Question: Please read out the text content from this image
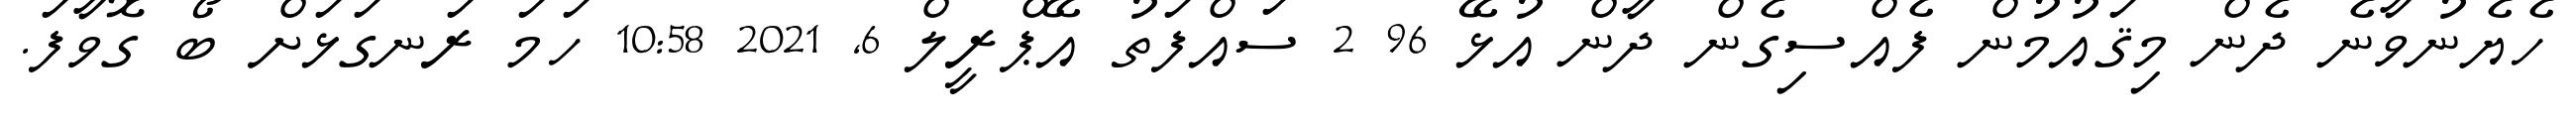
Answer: ހެޔެނުވާނެ ދެން މިޤައުމުން ފެއްސިގެން ދާން އުޅޭ 96 2 ސައްފަތު އޭޕްރީލް 6, 2021 10:58 ހަމަ ރަނގަޅަށް ބޯ ގޮވާފަ.